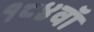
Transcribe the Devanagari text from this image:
१८४वॉ